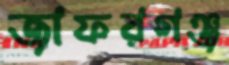
জাফরগঞ্জ